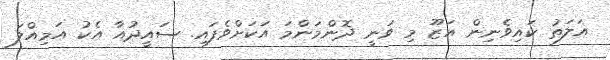
އަލަތު ކައިވެނިން އަޒޫ މި ވަނީ ދޮންމަންމަ އަކަށްވެފައި. ސައީދުއާ އެކު އަމިއްލަ